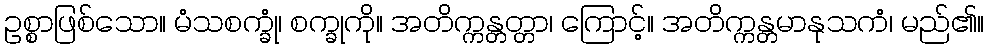
ဥစ္စာဖြစ်သော။ မံသစက္ခုံ၊ စက္ခုကို။ အတိက္ကန္တတ္တာ၊ ကြောင့်။ အတိက္ကန္တမာနုသကံ၊ မည်၏။